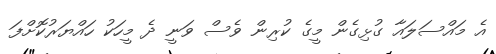
އެ މައްސަލައާ ގުޅިގެން މީގެ ކުރިން ވެސް ވަނީ ދެ މީހަކު ހައްޔަރުކޮށްފަ